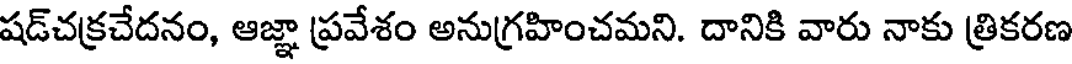
షడ్చక్రచేదనం, ఆజ్ఞా ప్రవేశం అనుగ్రహించమని. దానికి వారు నాకు త్రికరణ